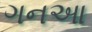
ગનઆ